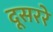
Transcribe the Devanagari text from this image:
दूसररे